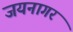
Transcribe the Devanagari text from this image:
जयनागर